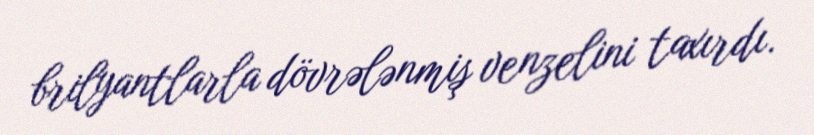
brilyantlarla dövrələnmiş venzelini taxırdı.